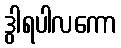
ဒွါရပါလကော